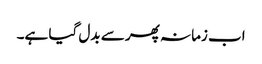
اب زمانہ پھر سے بدل گیا ہے۔